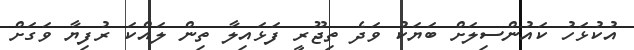
އުކުޅަހު ކައުންސިލަށް ބަޔަކު ވަދެ ތިޖޫރީ ފަޅައިލާ ތިން ލައްކަ ރުފިޔާ ވަގަށް